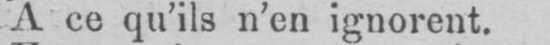
A ce qu’ils n’en ignorent.